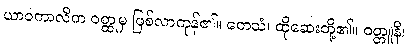
ယာဝကာလိက ဝတ္ထုမှ ဖြစ်လာကုန်၏။ တေသံ၊ ထိုဆေးတို့၏။ ဝတ္တူနိ၊